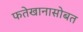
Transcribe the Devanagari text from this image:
फतेखानासोबत